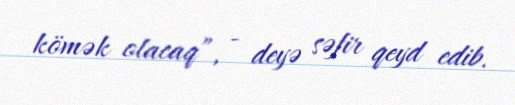
kömək olacaq”, - deyə səfir qeyd edib.